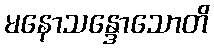
မနောသန္ဒောသောတိ